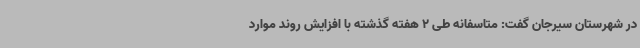
در شهرستان سیرجان گفت: متاسفانه طی 2 هفته گذشته با افزایش روند موارد